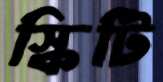
স্কিটি